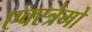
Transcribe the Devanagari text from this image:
एक्स्त्रेमो